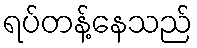
ရပ်တန့်နေသည်